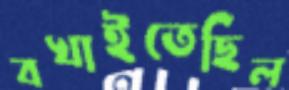
বখাইতেছিল